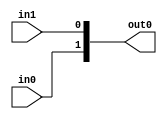
`timescale 1ns / 1ps
//////////////////////////////////////////////////////////////////////////////////
// Company: NCUT
// Module Name: prj_300
//////////////////////////////////////////////////////////////////////////////////


module prj_301(
	input in0,
	input in1,
	output [1:0] out0
	);
	assign out0={in0,in1};
endmodule